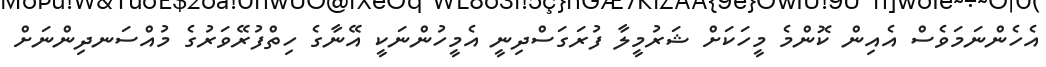
އެހެންނަމަވެސް އެއިން ކޮންމެ މީހަކަށް ޝަރުމީލާ ފުރަގަސްދިނީ އެމީހުންނަކީ އޭނާގެ ހިތްފުރޭވަރުގެ މުއްސަނދިންނަށް